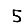
Digit: 5